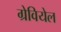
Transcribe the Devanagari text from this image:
ग्रेवियेल